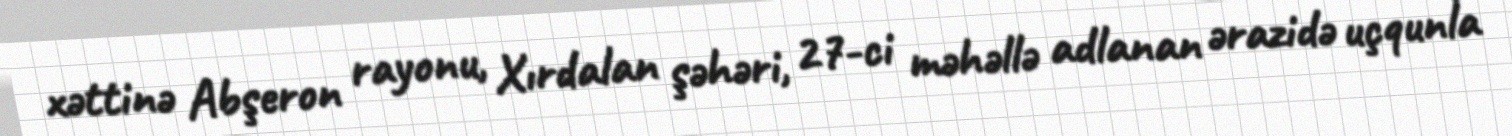
xəttinə Abşeron rayonu, Xırdalan şəhəri, 27-ci məhəllə adlanan ərazidə uçqunla